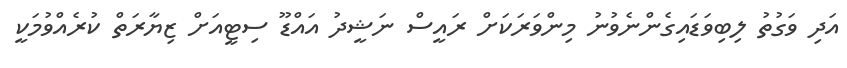
އަދި ވަގުތު ލިބިވަޑައިގެންނެވުނު މިންވަރަކަށް ރައީސް ނަޝީދު އައްޑޫ ސިޓީއަށް ޒިޔާރަތް ކުރެއްވުމަކީ